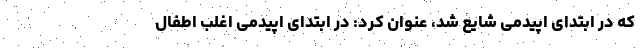
که در ابتدای اپیدمی شایع شد، عنوان کرد: در ابتدای اپیدمی اغلب اطفال